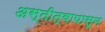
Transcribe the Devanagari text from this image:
अस्तीत्वापासून